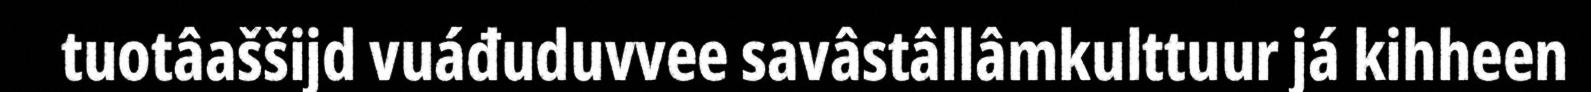
tuotâaššijd vuáđuduvvee savâstâllâmkulttuur já kihheen